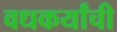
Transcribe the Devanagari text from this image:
वधकर्यांची